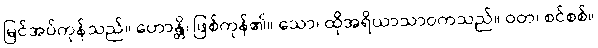
မြင်အပ်ကုန်သည်။ ဟောန္တိ၊ ဖြစ်ကုန်၏။ သော၊ ထိုအရိယာသာဝကသည်။ ဝတ၊ စင်စစ်။